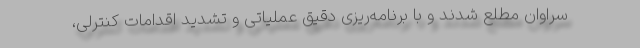
سراوان مطلع شدند و با برنامه‌ریزی دقیق عملیاتی و تشدید اقدامات کنترلی،